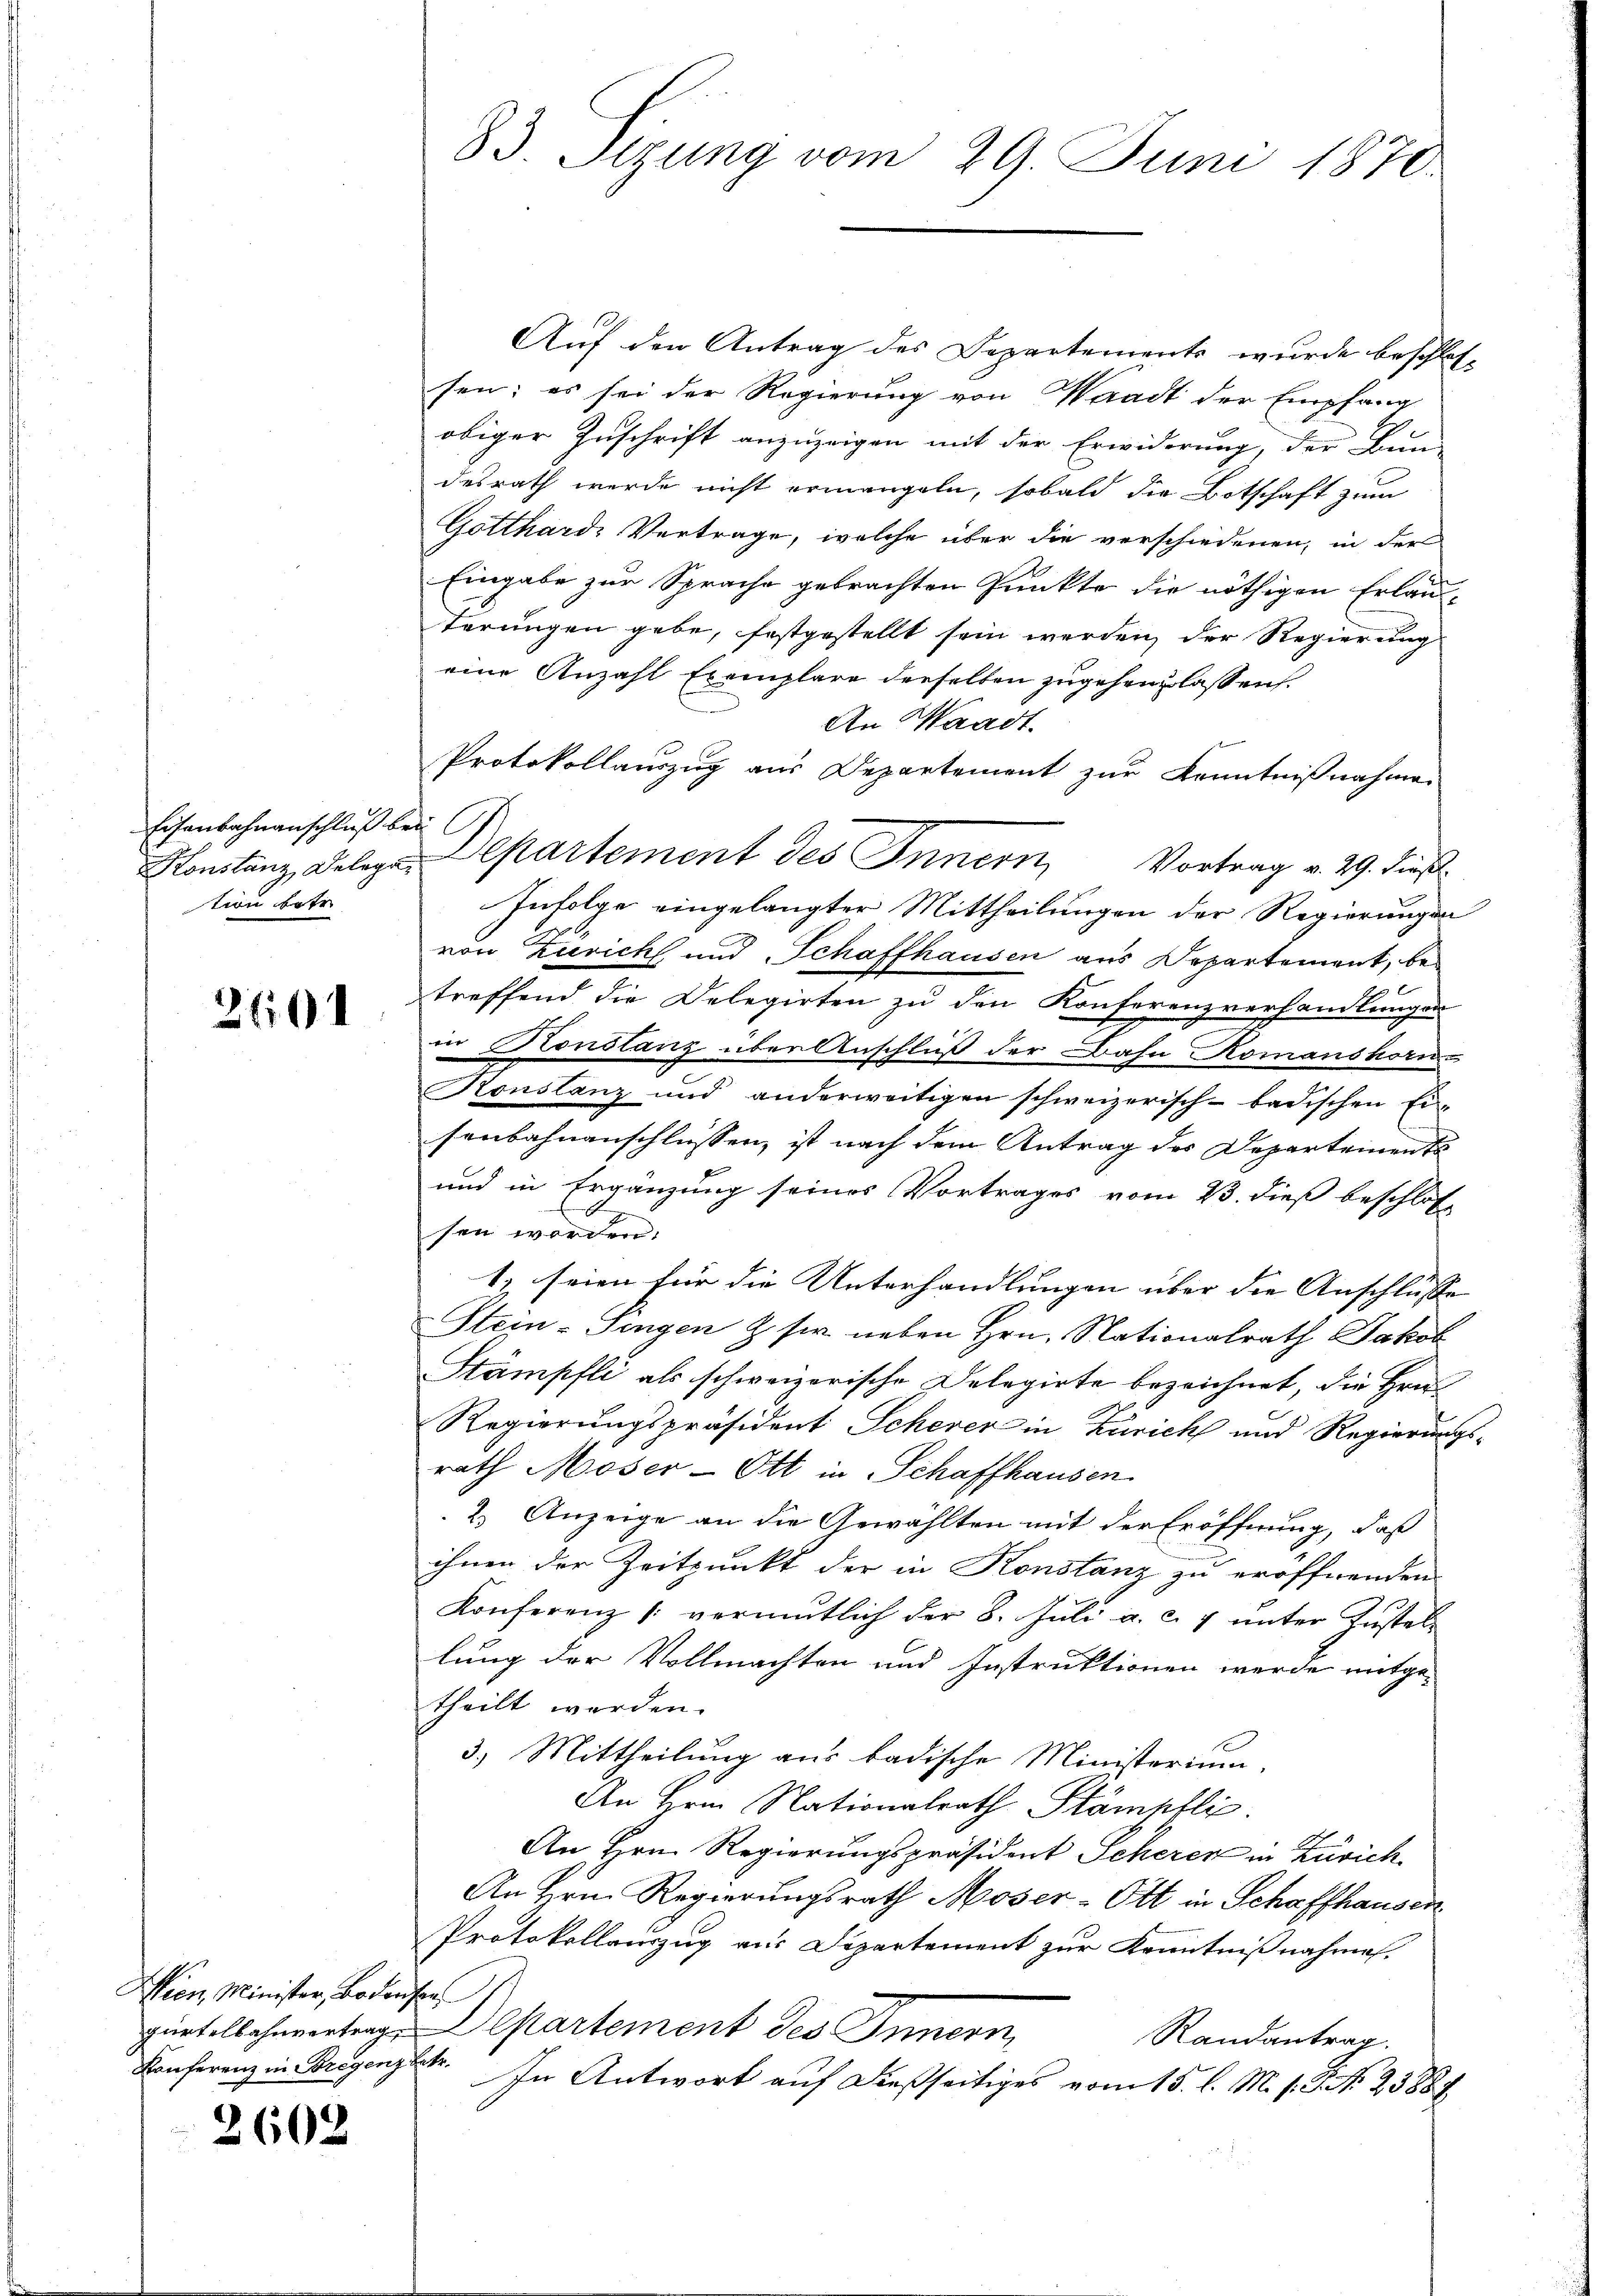
Eisenbahnanschluß bei
tion betr.

2604

Wien, Minister, Bodensen
Konferenz in Bregenz betr.

2602

83. Stzung vom 29. Juni 1870

Auf den Antrag des Departements wurde beschlossen; es sei der Regierung von Waadt der Empfang
obiger Zuschrift anzuzeigen mit der Erwiderung, der Bun-
desrath werde nicht ermangeln, sobald die Botschaft zum
Gotthard. Vertrage, welche über die verschiedenen, in der
Eingabe zur Sprache gebrachten Punkte die nöthigen Erlau-
terungen gebe, festgestellt sein werden, der Regierung
eine Anzahl Exemplare derselben zugehen lassen.
An Waadt.
Protokollauszug aus Departement zur Kenntnißnahme
Konstanz, Belege Departement des Innern, Vortrag v. 29. dieß
Infolge eingelangter Mittheilungen der Regierungen
von Zürich und Schaffhausen aus Departement, betreffend die Delegirten zu den Konferenzverhandlungen
in Konstanz über Anschluß der Bahn Romanshorn
Konstanz und anderweitigen schweizerisch-badischen Ei-
senbahnanschlüssen, ist nach dem Antrag des Departements
und in Ergänzung seines Vortrages vom 23. dieß beschlos
sen werden.
1. seien für die Unterhandlungen über die Anschlüsse
Stein-Pingen & sr. neben Hrn. Nationalrath Jakob
Stämpfli als schweizerische Delegirte bezeichnet, die Hrn.
Regierungspräsident Scherer in Zürich und Regierungs-
rath Moser Ott in Schaffhausen.
2.) Anzeige an die Gewählten mit der Eröffnung, daß
ihnen der Zeitpunkt der in Konstanz zu eröffnenden
Konferenz |: vermutlich der 8. Jŭli a. c. 7 ŭnter Zustel-
lung der Vollmachten und Instruktionen werde mitge-
theilt werden.
3.) Mittheilung aus badische Ministerium
An Hrn. Nationalrath Stämpflic
An Hrn. Regierungspräsident Scherer in Zürich
An Hrn. Regierungsrath Moser-Ott in Schaffhausen
Protokollauszug aus Departement zur Kenntnißnahmes-
gürtelbahnvertrage Departement des Innern,
Randantrag.
In Antwort auf dießseitiges vom 15. l. M. h. G. N. 23884